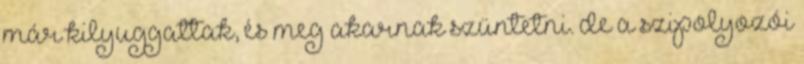
már kilyuggattak, és meg akarnak szüntetni. de a szipolyozói